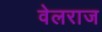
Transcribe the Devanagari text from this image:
वेलराज